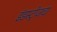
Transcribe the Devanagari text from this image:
इंडस्ट्रीजचा